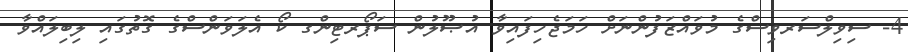
4- ސިވިލްސަރވިސްގެ މުވައްޒަފުންނަށް ހަމަޖެހިފައިވާ އުޞޫލުން ސަޕޯރޓިންގ ކޯ އެލަވަންސްގެ ގޮތުގައި ލިބިލައްވާ